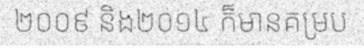
២០០៩ និង២០១៤ ក៏មានគម្រប